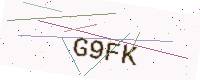
Text: G9FK